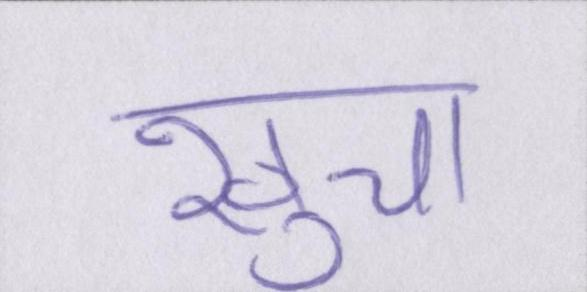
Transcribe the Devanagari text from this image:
खुचा